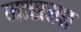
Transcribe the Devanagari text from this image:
मत्सखा